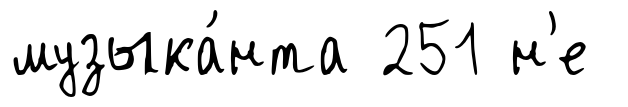
музыка́нта 251 н'е